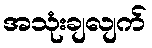
အသုံးချလျက်